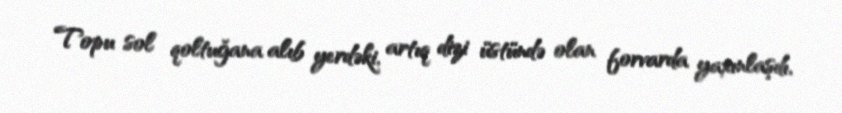
Topu sol qoltuğana alıb yerdəki, artıq dizi üstündə olan forvarda yaxınlaşdı,